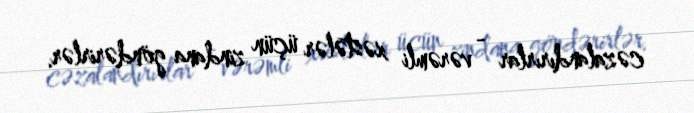
cəzalandırırlar - vərəmli xəstələr üçün zindana göndərirlər.